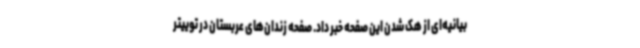
بیانیه‌ای از هک شدن این صفحه خبر داد. صفحه زندان‌های عربستان در توییتر